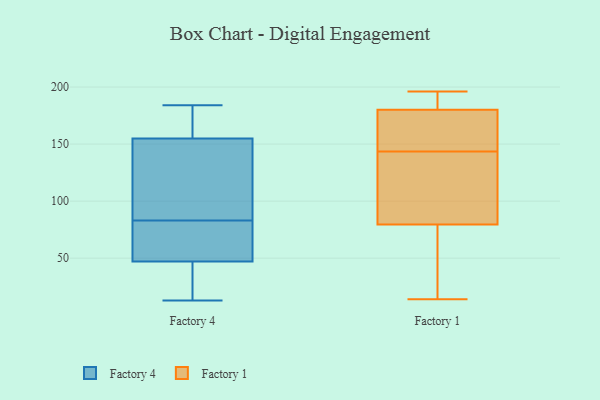
{"axis": {"x": "Headcount", "y": "Value"}, "legend": ["Factory 1", "Factory 4"], "data": [{"x": "", "y": 47, "type": "Factory 4"}, {"x": "", "y": 155, "type": "Factory 4"}, {"x": "", "y": 184, "type": "Factory 4"}, {"x": "", "y": 99, "type": "Factory 4"}, {"x": "", "y": 163, "type": "Factory 4"}, {"x": "", "y": 58, "type": "Factory 4"}, {"x": "", "y": 70, "type": "Factory 4"}, {"x": "", "y": 22, "type": "Factory 4"}, {"x": "", "y": 13, "type": "Factory 4"}, {"x": "", "y": 96, "type": "Factory 4"}, {"x": "", "y": 95, "type": "Factory 1"}, {"x": "", "y": 124, "type": "Factory 1"}, {"x": "", "y": 14, "type": "Factory 1"}, {"x": "", "y": 196, "type": "Factory 1"}, {"x": "", "y": 76, "type": "Factory 1"}, {"x": "", "y": 163, "type": "Factory 1"}, {"x": "", "y": 189, "type": "Factory 1"}, {"x": "", "y": 181, "type": "Factory 1"}, {"x": "", "y": 83, "type": "Factory 1"}, {"x": "", "y": 176, "type": "Factory 1"}, {"x": "", "y": 192, "type": "Factory 1"}, {"x": "", "y": 179, "type": "Factory 1"}, {"x": "", "y": 15, "type": "Factory 1"}, {"x": "", "y": 111, "type": "Factory 1"}, {"x": "", "y": 170, "type": "Factory 1"}, {"x": "", "y": 68, "type": "Factory 1"}]}